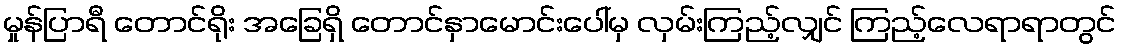
မှုန်ပြာရီ တောင်ရိုး အခြေရှိ တောင်နှာမောင်းပေါ်မှ လှမ်းကြည့်လျှင် ကြည့်လေရာရာတွင်